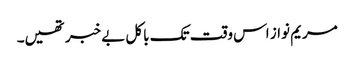
مریم نواز اس وقت تک باکل بے خبر تھیں۔